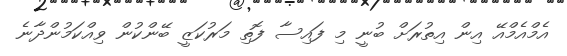
އެމްއެމްއޭ އިން އިތުރަށް ބުނީ މި ފައިސާ ފޮތި މަރުކަޒީ ބޭންކުން ވިއްކަމުންދާނެ